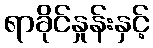
ရာခိုင်နှုန်းနှင့်